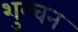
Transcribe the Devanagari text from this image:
शुल्चन